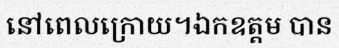
នៅពេលក្រោយ។ឯកឧត្តម បាន